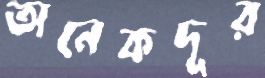
অনেকদূর